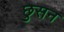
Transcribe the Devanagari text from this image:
छुसन